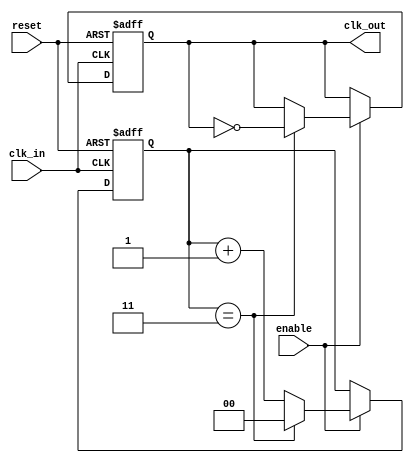
module clock_divider (
    input wire clk_in,         // Input clock signal
    input wire enable,        // Enable signal
    input wire reset,         // Asynchronous reset signal
    output reg clk_out        // Divided clock output
);

parameter N = 4;              // Division factor (configurable, default is 4)
reg [$clog2(N)-1:0] counter;  // Counter to hold the count of clock cycles

// Asynchronous reset and enable handling
always @(posedge clk_in or posedge reset) begin
    if (reset) begin
        counter <= 0;         // Reset counter
        clk_out <= 0;        // Ensure output is low on reset
    end else if (enable) begin
        if (counter == N-1) begin
            clk_out <= ~clk_out; // Toggle the output clock
            counter <= 0;         // Reset counter
        end else begin
            counter <= counter + 1; // Increment counter
        end
    end
end

endmodule